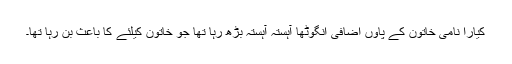
کیارا نامی خاتون کے پاوں اضافی انگوٹھا آہستہ آہستہ بڑھ رہا تھا جو خاتون کیلئے کا باعث بن رہا تھا۔